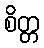
စိတ္တ